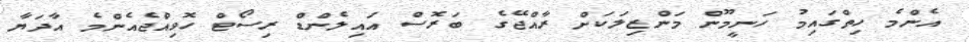
އެންމެ ހިތްގައިމު ހަނީމޫން މަންޒިލަކަށް ރާއްޖޭގެ ބަރޮސް އައިލެންޑް ރިސޯޓް ހޮވިއްޖެއެންމެ އާދަޔާ